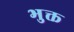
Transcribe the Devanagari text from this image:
भुक्त